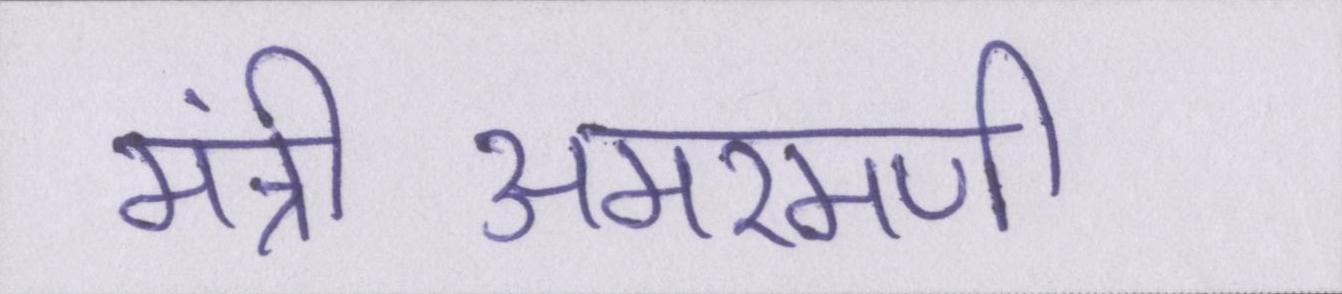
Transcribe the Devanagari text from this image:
मंत्रीअमरमणी